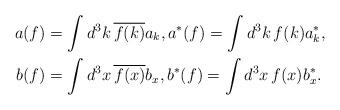
LaTeX: \begin{align*}a(f) &= \int d^3k \, \overline{f(k)} a_k, a^*(f) = \int d^3k \, f(k) a^*_k , \\b(f) &= \int d^3x \, \overline{f(x)} b_x, b^*(f) = \int d^3x \, f(x) b^*_x .\end{align*}